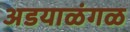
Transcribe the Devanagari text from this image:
अडयाळंगळ